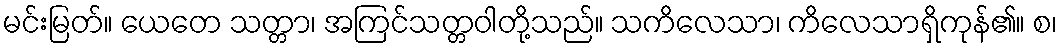
မင်းမြတ်။ ယေတေ သတ္တာ၊ အကြင်သတ္တဝါတို့သည်။ သကိလေသာ၊ ကိလေသာရှိကုန်၏။ စ၊